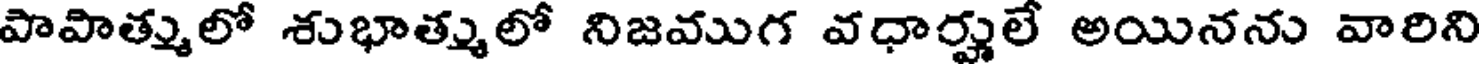
పాపాత్ములో శుభాత్ములో నిజముగ వధార్హులే అయినను వారిని